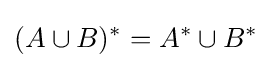
(A\cup B)^{*}=A^{*}\cup B^{*}